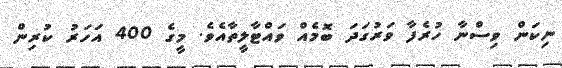
ނިކަން ވިސްނާ ހުރެފާ ވަރުގަދަ ބޮމެއް ވައްޓާލީތާއެވެ. މީގެ 400 އަހަރު ކުރިން